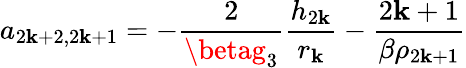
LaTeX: a_{2\mathbf{k}+2,2\mathbf{k}+1}=-\frac{{2}}{{\betag_{3}}}\frac{{h_{2\mathbf{k}}}}{{r_{\mathbf{k}}}}-\frac{{2\mathbf{k}+1}}{{\beta\rho_{2\mathbf{k}+1}}}